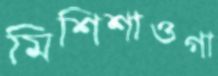
মিশিশাওগা